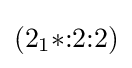
(2_{1}{*}{:}2{:}2)